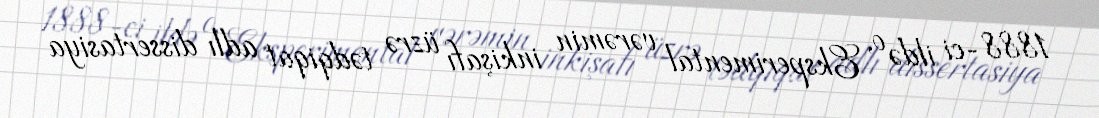
1888-ci ildə o, Eksperimental vərəmin inkişafı üzrə tədqiqat adlı dissertasiya